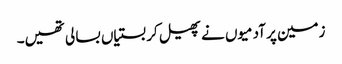
زمین پر آدمیوں نے پھیل کر بستیاں بسا لی تھیں۔